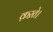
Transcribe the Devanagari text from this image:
क़ऱते।